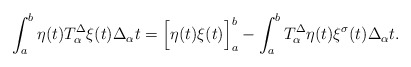
\begin{align*}\int_{a}^{b} \eta(t) T_\alpha^{\Delta} \xi(t)\Delta_\alpha t=\Big[\eta(t)\xi(t)\Big]_a^b-\int_{a}^{b}T_\alpha^{\Delta} \eta(t) \xi^\sigma(t)\Delta_\alpha t.\end{align*}